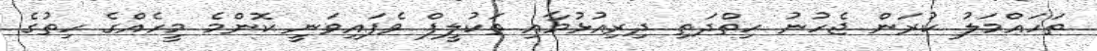
ތަހައްމަލު ކުރަން ޖެހުނު ހިތްދަތި ދިރިއުޅުމާއި ތަކުލީފް ވެފައިވަނީ ކޮންމެ މީހެއްގެ ހިތުގެ